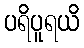
ပရိပူရယိ